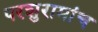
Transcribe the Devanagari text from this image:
परशुरामांच